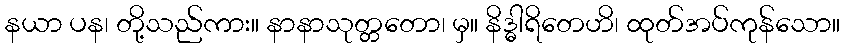
နယာ ပန၊ တို့သည်ကား။ နာနာသုတ္တတော၊ မှ။ နိဒ္ဓါရိတေဟိ၊ ထုတ်အပ်ကုန်သော။